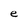
Character: e